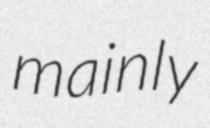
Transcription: mainly